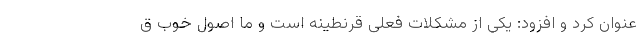
عنوان کرد و افزود: یکی از مشکلات فعلی قرنطینه است و ما اصول خوب ق